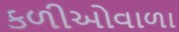
કળીઓવાળા